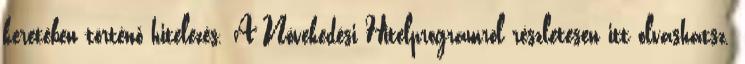
keretében történő hitelezés. A Növekedési Hitelprogramról részletesen itt olvashatsz.